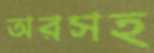
অরসহ